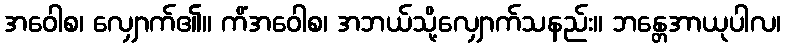
အဝေါစ၊ လျှောက်၏။ ကိံအဝေါစ၊ အဘယ်သို့လျှောက်သနည်း။ ဘန္တေအာယုပါလ၊